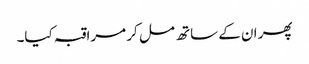
پھر ان کے ساتھ مل کر مراقبہ کیا۔